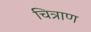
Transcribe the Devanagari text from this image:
चित्राण